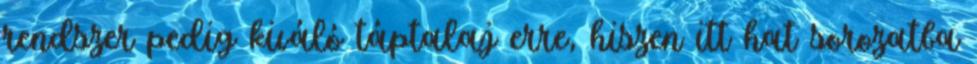
rendszer pedig kiváló táptalaj erre, hiszen itt hat sorozatba